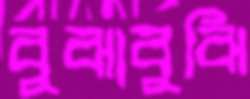
বুঝাবুঝি